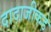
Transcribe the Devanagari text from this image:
दादाजीकडे